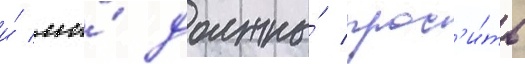
и́ мы́ должны́ прос'и́ть